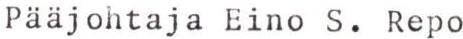
Pääjohtaja Eino S. Repo